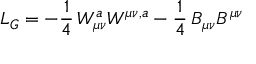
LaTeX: { \cal L } _ { G } = - \frac { 1 } { 4 } \, W _ { \mu \nu } ^ { a } W ^ { \mu \nu , a } - \frac { 1 } { 4 } \, B _ { \mu \nu } B ^ { \mu \nu }